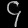
Digit: ၄